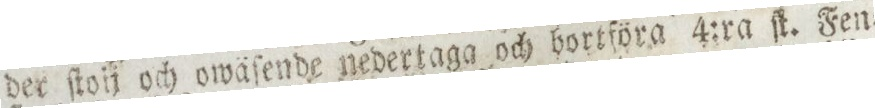
der ſtoij och owäſende nedertaga och hortföra 4:ra ſk. Fen=